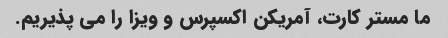
ما مستر کارت، آمریکن اکسپرس و ویزا را می پذیریم.